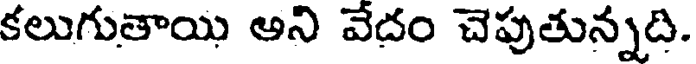
కలుగుతాయి అని వేదం చెపుతున్నది.